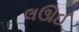
લઊઈ